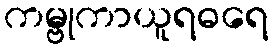
ကမ္ဗုကာယူရဓရေ